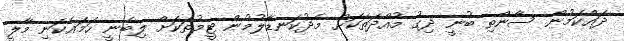
ދައްކަމުން ސާންތި ބުނީ ދިގު މުއްދަތަކަށް މެދުކަނޑާލުމުން ޓީމުތަކަށް ލިބެނީ ހަމައެކަނި މާލީ